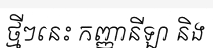
ថ្មីៗនេះ កញ្ញានីឡា និង